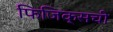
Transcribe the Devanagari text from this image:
फिजिक्सची